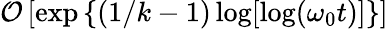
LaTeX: \mathcal{O}\left[\exp\left\{ \left(1/k-1\right)\log[\log(\omega_{0}t)]\right\} \right]